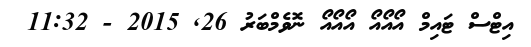
އިޓްސް ޓައިމް އޯއޯއޯ އޯއޯއޯ ނޮވެމްބަރު 26